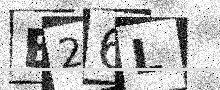
Text: B26L